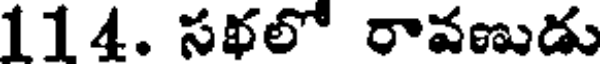
114. సభలో రావణుడు